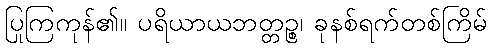
ပြုကြကုန်၏။ ပရိယာယဘတ္တဉ္စ၊ ခုနစ်ရက်တစ်ကြိမ်